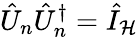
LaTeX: \hat{U}_{n}\hat{U}_{n}^{\dagger}=\hat{I}_{\mathcal{H}}